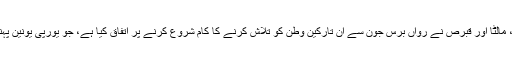
20 اپریل2018ء) چار یورپی ملکوں یونان،، اٹلی،، مالٹا اور قبرص نے رواں برس جون سے ان تارکین وطن کو تلاش کرنے کا کام شروع کرنے پر اتفاق کیا ہے، جو یورپی یونین پہنچنے کی کوششوں میں بحیرہء روم کی نذر ہو گئے۔